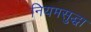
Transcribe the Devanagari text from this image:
नियमसुद्धा